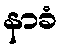
နာခံ